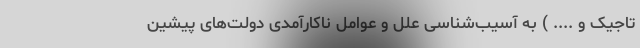
تاجیک و .... ) به آسیب‌شناسی علل و عوامل ناکارآمدی دولت‌های پیشین